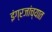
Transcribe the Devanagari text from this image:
इंग्रजांच्यात